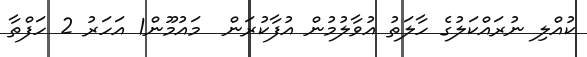
ކުއްލި ނުރައްކަލުގެ ހާލަތު އުވާލުމުން އުފާކުރަން  މައުމޫން1 އަހަރު 2 ހަފްތާ